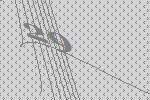
29